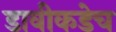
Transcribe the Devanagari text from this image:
डावीकडेच